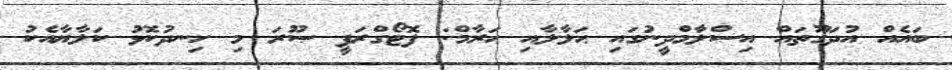
ބައެއް އުދަގޫތައް އިސްލާމްދީނުގައި ޙަލާލާއި ޙަރާމް: ފޮޓޯގްރަފީ ޞޫރަ މި ހިނދުކޮޅު ކަލާޔާއެކު